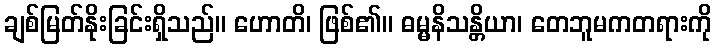
ချစ်မြတ်နိုးခြင်းရှိသည်။ ဟောတိ၊ ဖြစ်၏။ ဓမ္မနိသန္တိယာ၊ တေဘူမကတရားကို